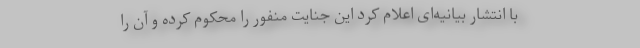
با انتشار بیانیه‌ای اعلام کرد این جنایت منفور را محکوم کرده و آن را